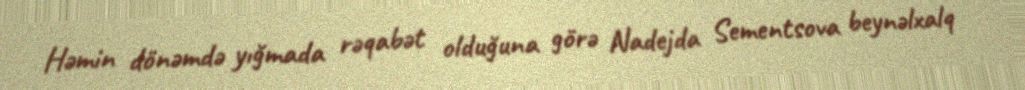
Həmin dönəmdə yığmada rəqabət olduğuna görə Nadejda Sementsova beynəlxalq